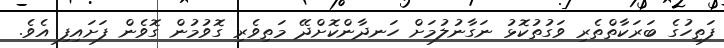
ފަތިހުގެ ބަރަކާތްތެރި ވަގުތުކޮޅު ނަގާނުލުމަށް ހަނދާންކޮށްދޭ މަތިވެރި ގޮވުމުން ގޮވެން ފަށައިފި އެވެ.